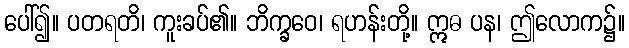
ပေါ်၍။ ပတရတိ၊ ကူးခပ်၏။ ဘိက္ခဝေ၊ ရဟန်းတို့။ ဣဓ ပန၊ ဤလောက၌။